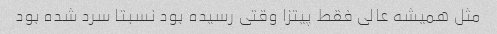
مثل همیشه عالی فقط پیتزا وقتی رسیده بود نسبتا سرد شده بود